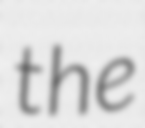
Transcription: the